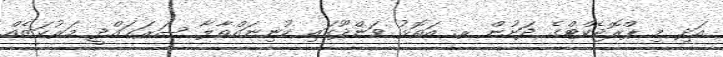
އަދި މި ޕްރޮޖެކްޓްގެ ދަށުން ރ. އަތޮޅު ވަންދޫގައި ކުނިނައްތާލާ ސަރަޙައްދީ މަރުކަޒެއް